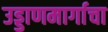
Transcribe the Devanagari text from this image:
उड्डाणमार्गाचा